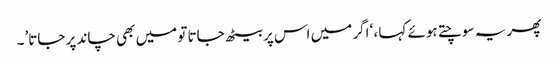
پھر یہ سوچتے ہوئے کہا ، ‘اگر میں اس پر بیٹھ جاتا تو میں بھی چاند پر جاتا’۔